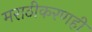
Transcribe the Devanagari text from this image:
मराठीकरणही